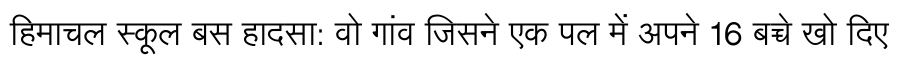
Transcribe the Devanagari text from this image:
हिमाचल स्कूल बस हादसा: वो गांव जिसने एक पल में अपने 16 बच्चे खो दिए